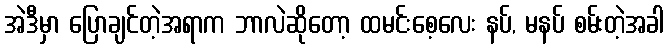
အဲဒီမှာ ပြောချင်တဲ့အရာက ဘာလဲဆိုတော့ ထမင်းစေ့လေး နပ်, မနပ် စမ်းတဲ့အခါ